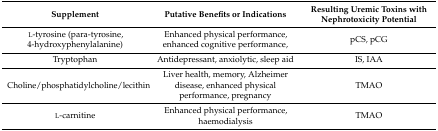
<table><thead><tr><td><b>Supplement</b></td><td><b>Putative Benefits or Indications</b></td><td><b>Resulting Uremic Toxins with Nephrotoxicity Potential</b></td></tr></thead><tbody><tr><td>l-tyrosine (para-tyrosine, 4-hydroxyphenylalanine)</td><td>Enhanced physical performance, enhanced cognitive performance,</td><td>pCS, pCG</td></tr><tr><td>Tryptophan</td><td>Antidepressant, anxiolytic, sleep aid</td><td>IS, IAA</td></tr><tr><td>Choline/phosphatidylcholine/lecithin</td><td>Liver health, memory, Alzheimer disease, enhanced physical performance, pregnancy</td><td>TMAO</td></tr><tr><td>l-carnitine</td><td>Enhanced physical performance, haemodialysis</td><td>TMAO</td></tr></tbody></table>